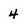
Character: 4